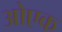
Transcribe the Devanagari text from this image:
ओएक